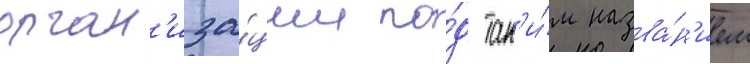
орган'иза́ции по́д так'и́м назва́н'ием